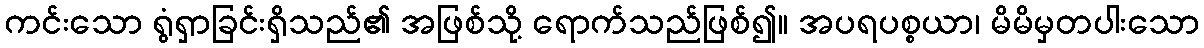
ကင်းသော ရွံရှာခြင်းရှိသည်၏ အဖြစ်သို့ ရောက်သည်ဖြစ်၍။ အပရပစ္စယာ၊ မိမိမှတပါးသော